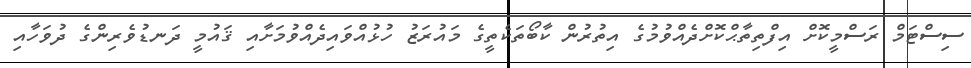
ސިސްޓަމް ރަސްމީކޮށް އިފްތިތާޙްކޮށްދެއްވުމުގެ އިތުރުން ކާބޯތަކެތީގެ މައުރަޒު ހުޅުއްވައިދެއްވުމަށާއި ޤައުމީ ދަނޑުވެރިންގެ ދުވަހާއި